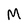
Character: M